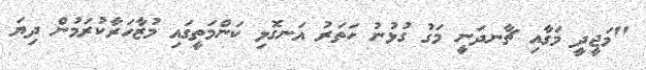
"މަޖީދީ މަގާއި ޗާނދަނީ މަގު ގުޅުނު ހަތަރު އަނގޮޅި ކަންމަތީގައި މުޒާހަރާކުރަމުން ދިޔަ